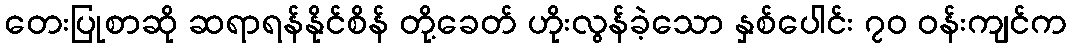
တေးပြုစာဆို ဆရာရန်နိုင်စိန် တို့ခေတ် ဟိုးလွန်ခဲ့သော နှစ်ပေါင်း ၇၀ ဝန်းကျင်က